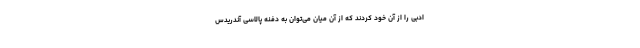
ادبی را از آن خود کردند که از آن میان می‌توان به دفنه پالاسی آندریدس